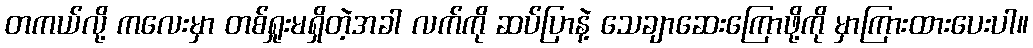
တကယ်လို့ ကလေးမှာ တစ်ရှုးမရှိတဲ့အခါ လက်ကို ဆပ်ပြာနဲ့ သေချာဆေးကြောဖို့ကို မှာကြားထားပေးပါ။